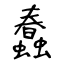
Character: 蠢